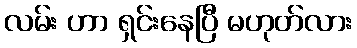
လမ်း ဟာ ရှင်းနေပြီ မဟုတ်လား